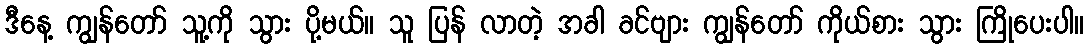
ဒီနေ့ ကျွန်တော် သူ့ကို သွား ပို့မယ်။ သူ ပြန် လာတဲ့ အခါ ခင်ဗျား ကျွန်တော် ကိုယ်စား သွား ကြိုပေးပါ။